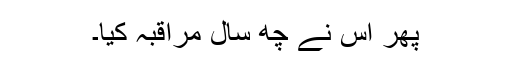
پھر اس نے چھ سال مراقبہ کیا۔